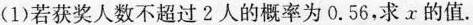
(1)若获奖人数不超过2人的概率为0.56.求x的值。